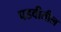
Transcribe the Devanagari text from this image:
पडवीतील